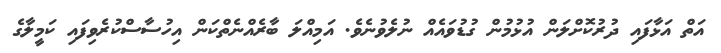
އަތް އަޅާފައި ދުރުކޮށްލަން އުޅުމުން ގުޑުވައެއް ނުލެވުނެވެ. އަމިއްލަ ބާރެއްނެތްކަން އިހުސާސްކުރެވިފައި ކަމީލާގެ